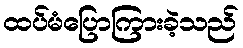
ထပ်မံပြောကြားခဲ့သည်